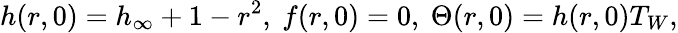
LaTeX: h(r,0)=h_{\infty}+1-r^{2},\ f(r,0)=0,\ \Theta(r,0)=h(r,0)T_{W},